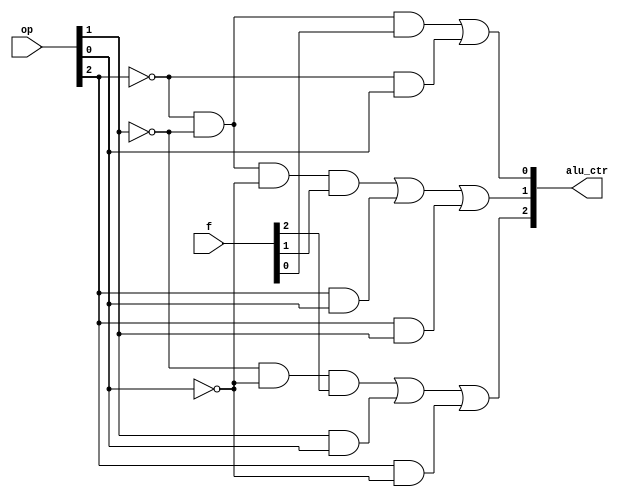
module alu_control(alu_ctr, f, op);
input[2:0] op; // aluop
input [2:0] f; // function field
output [2:0] alu_ctr;

wire f_not[2:0];
not not1(f_not[0], f[0]);
not not2(f_not[1], f[1]);
not not3(f_not[2], f[2]);

wire op_not[2:0];
not not4(op_not[0], op[0]);
not not5(op_not[1], op[1]);
not not6(op_not[2], op[2]);


wire and1, and2, and3, and4, and5 ,and6,and7,and8,and9, or1, or2;




//alu_ctr[2] =	op_not[1] op_not[0] f[2] + op[1] op[0] + op[2] op_not[0]

and and_1(and1,op_not[1], op_not[0], f[2]);
and and_2(and2, op[1], op[0]);
and and_3(and3, op[2], op_not[0]);
or or_1(alu_ctr[2],and1,and2,and3);





//alu_ctr[1]= op_not[2] op_not[1] op_not[0] f[1] + op[2] op[0] + op[2] op[1]

and and_4(and4, op_not[2], op_not[1], op_not[0], f[1]);
and and_5(and5, op[2], op[0]);
and and_6(and6, op[2], op[1]);
or or_2(alu_ctr[1], and4, and5, and6);


//alu_ctr[0]= op_not[2] op_not[1] f[0] + op_not[2] op[0]

and and_7(and7, op_not[2], op_not[1], f[0]);
and and_8(and8, op_not[2], op[0]);
or or_3(alu_ctr[0], and7, and8);

endmodule